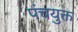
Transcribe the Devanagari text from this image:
पंचयुक्त